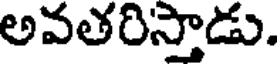
అవతరిస్తాడు.